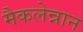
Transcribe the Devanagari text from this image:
मैकलेन्नान